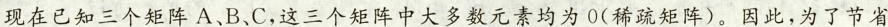
现在已知三个矩阵A、B、C，这三个矩阵中大多数元素均为0(稀疏矩阵)。因此，为了节省